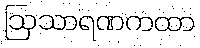
ဩသာရဏကထာ